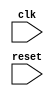
module APB_bus_controller (
    input clk,
    input reset,
    // Other input/output ports for data transfer requests, bus arbitration, etc.
);

// Verilog code for the Timing control and synchronization blocks APB bus controller module
// Add your code here

endmodule